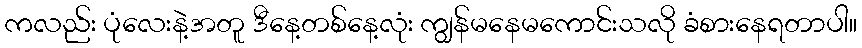
ကလည်း ပုံလေးနဲ့အတူ ဒီနေ့တစ်နေ့လုံး ကျွန်မနေမကောင်းသလို ခံစားနေရတာပါ။